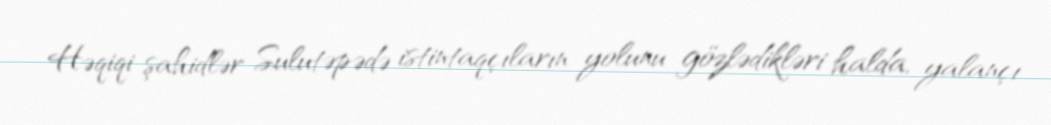
Həqiqi şahidlər Sulutəpədə istintaqçıların yolunu gözlədikləri halda, yalançı